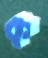
ক